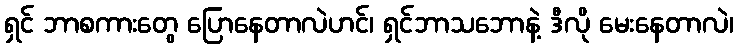
ရှင် ဘာစကားတွေ ပြောနေတာလဲဟင်၊ ရှင်ဘာသဘောနဲ့ ဒီလို မေးနေတာလဲ၊